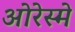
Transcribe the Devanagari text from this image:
ओरेस्मे